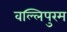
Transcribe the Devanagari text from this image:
वल्लिपुरम